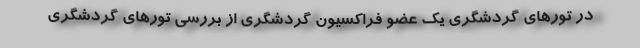
در تورهای گردشگری یک عضو فراکسیون گردشگری از بررسی تورهای گردشگری